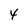
Character: 4